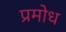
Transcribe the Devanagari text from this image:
प्रमोध